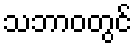
သဘာဝတွင်